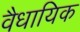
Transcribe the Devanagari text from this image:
वैधायिक